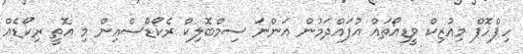
ހިޕްހޮޕް މިއުޒިކް ވީޑިއޯތައް އުފައްދަމުން އަންނަ ސިމްބޮލިކް ރެކޯޑްސްއިން މި އޮތީ ރިކޯޑެއް